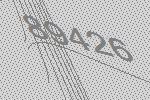
89426